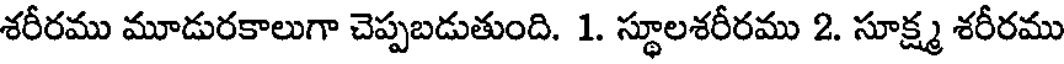
శరీరము మూడురకాలుగా చెప్పబడుతుంది. 1. స్థూలశరీరము 2. సూక్ష్మ శరీరము